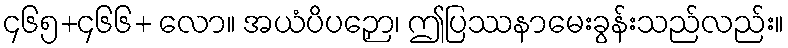
၄၆၅+၄၆၆+ လော။ အယံပိပဉှော၊ ဤပြဿနာမေးခွန်းသည်လည်း။